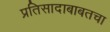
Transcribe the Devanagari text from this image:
प्रतिसादाबाबतचा